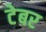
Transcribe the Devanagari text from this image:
टेबर